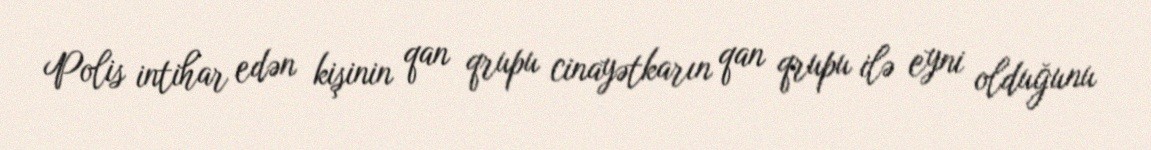
Polis intihar edən kişinin qan qrupu cinayətkarın qan qrupu ilə eyni olduğunu